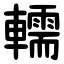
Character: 轜